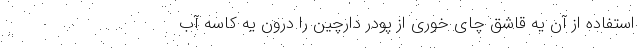
استفاده از آن یه قاشق چای خوری از پودر دارچین را درون یه کاسه آب